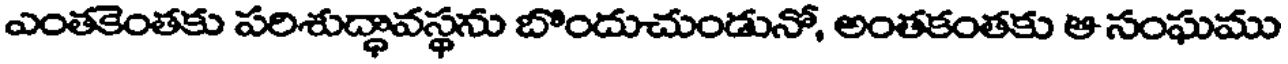
ఎంతకెంతకు పరిశుద్ధావస్థను బొందుచుండునో, అంతకంతకు ఆ సంఘము